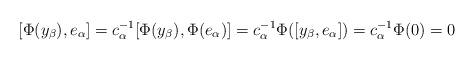
LaTeX: \begin{align*}[\Phi(y_\beta), e_\alpha] = c^{-1}_\alpha [\Phi(y_\beta),\Phi(e_\alpha)]= c^{-1}_\alpha \Phi ([y_\beta,e_\alpha])=c^{-1}_\alpha \Phi (0)=0\end{align*}